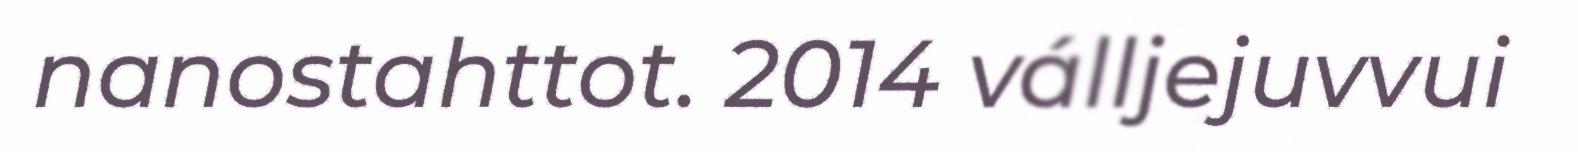
nanostahttot. 2014 válljejuvvui